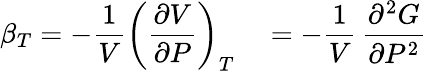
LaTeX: \beta_{T}=-{\frac{1}{V}}\left({\frac{\partial V}{\partial P}}\right)_{T}\quad=-{\frac{1}{V}}\, {\frac{\partial^{2}G}{\partial P^{2}}}